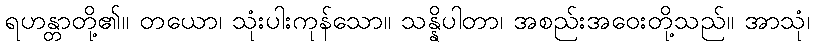
ရဟန္တာတို့၏။ တယော၊ သုံးပါးကုန်သော။ သန္နိပါတာ၊ အစည်းအဝေးတို့သည်။ အာသုံ၊